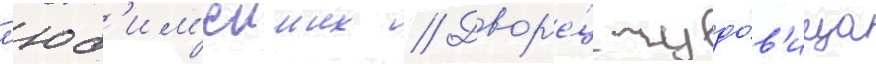
л'юб'им'еиших // Двор'е́ц чудо́в'ища